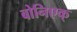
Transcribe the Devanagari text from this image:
बोनिएक्